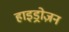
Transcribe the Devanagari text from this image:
हाइड्रोज़न